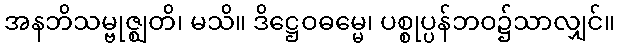
အနဘိသမ္ဗုဇ္ဈတိ၊ မသိ။ ဒိဋ္ဌေဝဓမ္မေ၊ ပစ္စုပ္ပန်ဘဝ၌သာလျှင်။